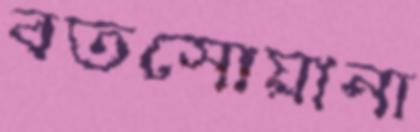
বতসোয়ানা